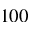
1 0 0